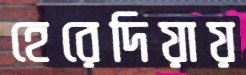
হেরেদিয়ায়